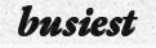
busiest